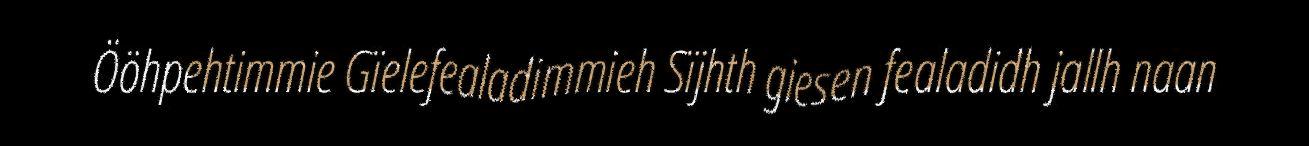
Ööhpehtimmie Gïelefealadimmieh Sïjhth giesen fealadidh jallh naan